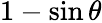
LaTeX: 1-\sin\theta